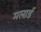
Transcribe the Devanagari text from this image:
मलार्ड